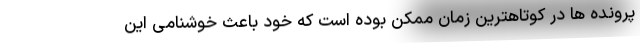
پرونده ها در کوتاهترین زمان ممکن بوده است که خود باعث خوشنامی این